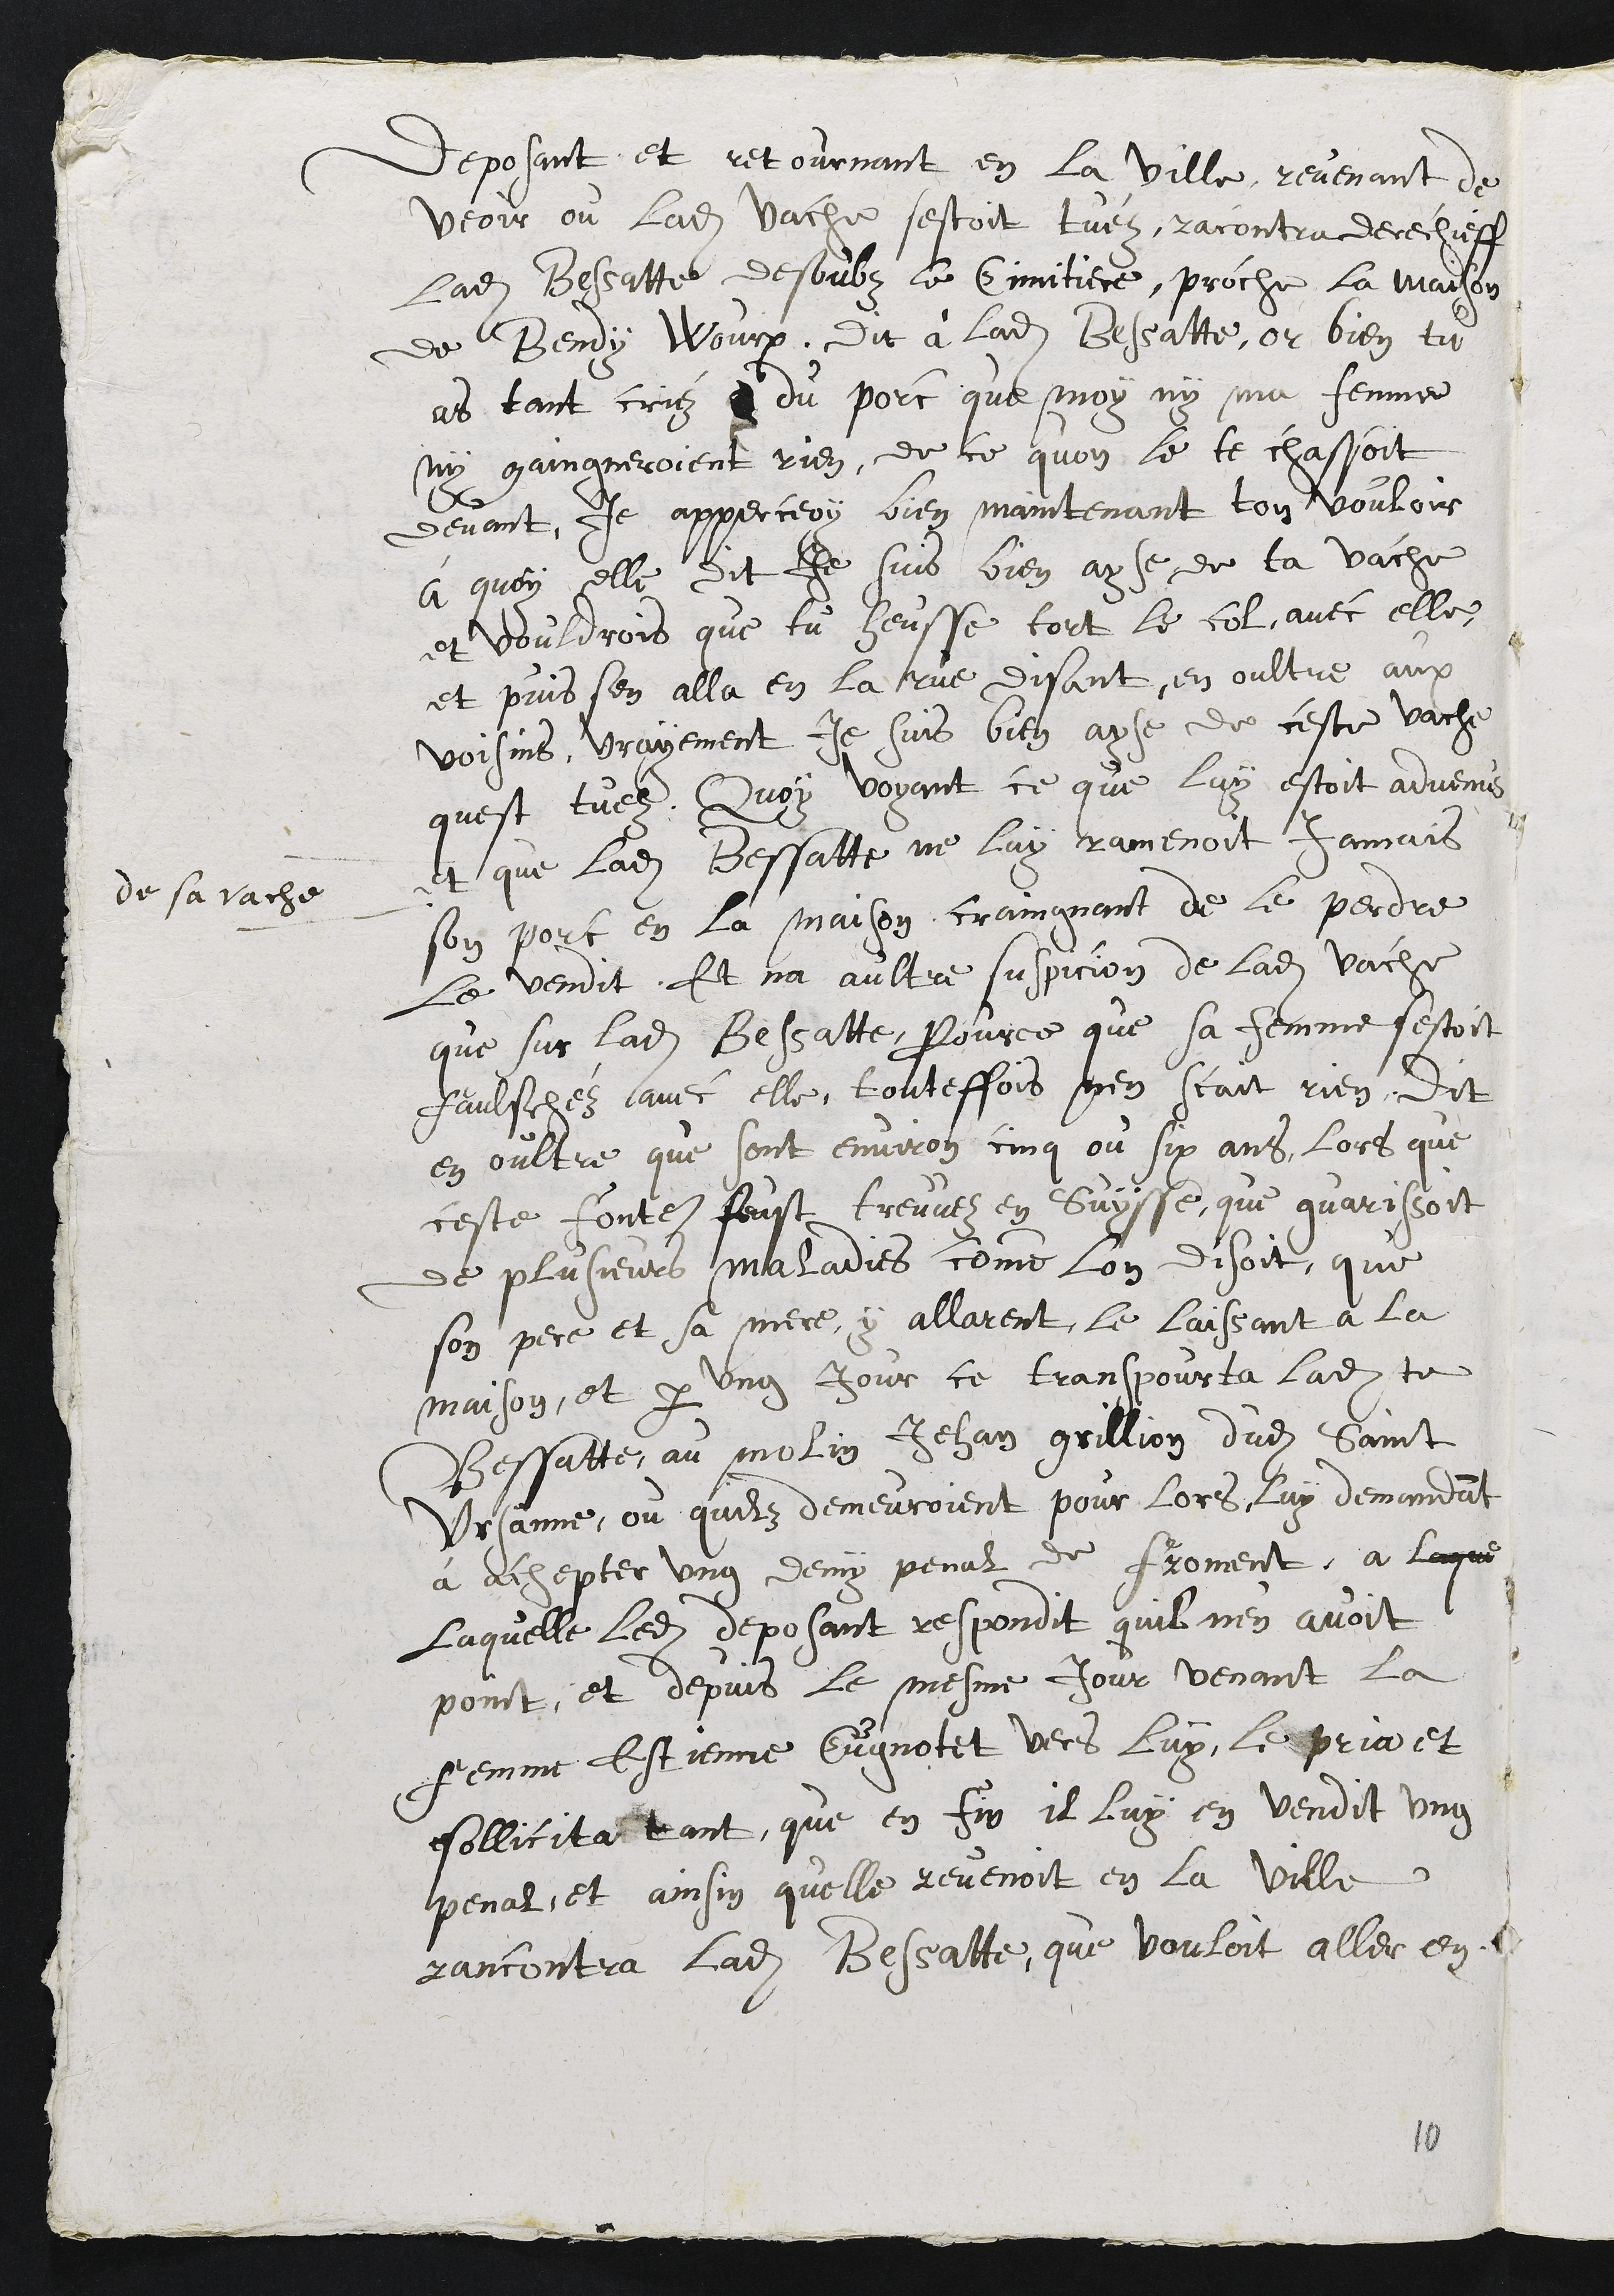
déposant, et retournant en la ville, revenant de
voir où ladite vache s'était tuée, rencontra derechef
ladite Bessatte dessous le cimetière, proche de la maison
du Bendi Wourp. Dit à ladite Bessatte î "Or bien, tu
as tant crié du parc que moi ni ma femme
n'y gagneraient rien de ce qu'on le te chassait
devant, j'apperçois bien main-tenant ton vouloir".
A quoi elle dit : "Je suis bien aise de ta vache
et voudrais que tu te sois tordu le col avec elle".
et puis s'en alla de la vue, disant en outre aux
voisins : "Vraiment je suis bien aise de cette vache
qui s'est tuée". Quoi voyant ce qui lui était advenu
de la vache e-b que ladite Bessatte ne lui ramenait jamais
son porc en la maison, craignant de le perdre,
le vendit. Et n'a autre suspicion de ladite vache
que sur ladite Bessatte, pour ce que sa femme s'était
fâchée avec elle. Toutefois, n'en sait rien. Dit
en outre que sont environ cinq ou six ans, lorsque
cette fontaine fut trouvée en Suisse qui guérissait
de plusieurs maladies, comme l'on disait que
san père et sa mère y allèrent, le laissant à la
maison. Et par un jour, se transporta ladite
Bessatte au moulin Jean Grillon dudit Saint-
Ursanne où qu'ils demeuraient pour lors, lui demanda
à acheter un demi-pénal de froment. A
laquelle ledit déposant répondit qu'il n'en avait
point. Et depuis, le même jour, venant la
femme Etienne Cugnotet vers lui, le pria et
sollicita tant au*enfin il lui en vendit un
pénal. Et ainsi qu'elle revenait en la ville,
rencontra ladite Bessatte qui voulait aller en